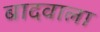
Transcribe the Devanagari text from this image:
बादवाला